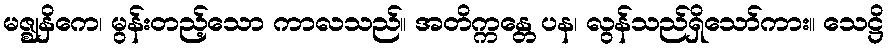
မဇ္ဈနှိကေ၊ မွန်းတည့်သော ကာလသည်။ အတိက္ကန္တေ ပန၊ လွန်သည်ရှိသော်ကား။ သေဋ္ဌိ